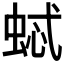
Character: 𱿢